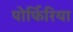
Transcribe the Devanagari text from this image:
पोर्फिरिया